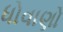
ધોવાણો